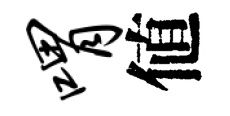
喟値